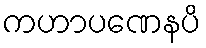
ကဟာပဏေနပိ